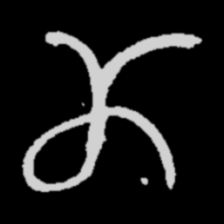
Pyu character \u2014 Myanmar letter: ဏ (romanized: nna)